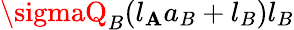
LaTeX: \sigmaQ_{B}(l_{\mathbf{A}}a_{B}+l_{B})l_{B}